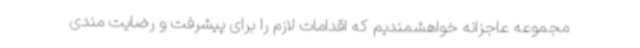
مجموعه عاجزانه خواهشمندیم که اقدامات لازم را برای پیشرفت و رضایت مندی